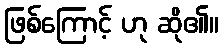
ဖြစ်ကြောင့် ဟု ဆို၏။